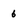
Character: 6